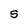
Character: S